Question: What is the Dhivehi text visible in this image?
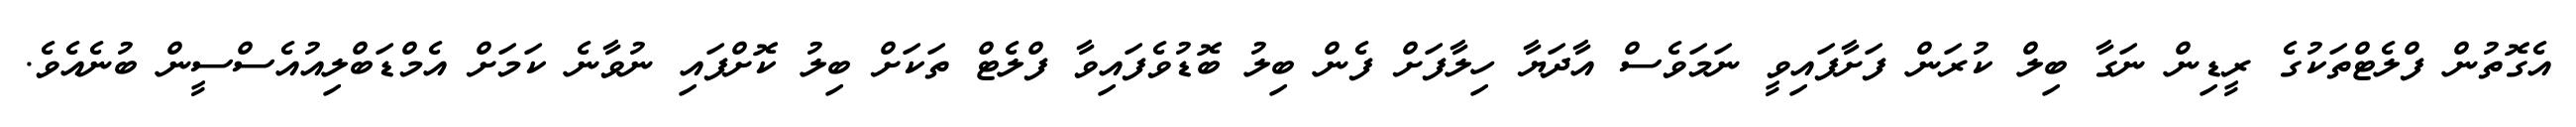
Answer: އެގޮތުން ފްލެޓްތަކުގެ ރީޑިން ނަގާ ބިލް ކުރަން ފަށާފައިވީ ނަމަވެސް އާދަޔާ ހިލާފަށް ފެން ބިލު ބޮޑުވެފައިވާ ފްލެޓް ތަކަށް ބިލު ކޮށްފައި ނުވާނެ ކަމަށް އެމްޑަބްލިއުއެސްސީން ބުނެއެވެ.